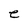
Character: e